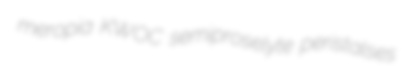
meropia KWOC semiproselyte peristalses